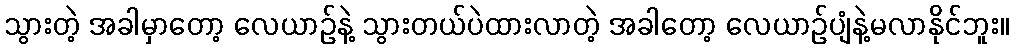
သွားတဲ့ အခါမှာတော့ လေယာဉ်နဲ့ သွားတယ်ပဲထားလာတဲ့ အခါတော့ လေယာဉ်ပျံနဲ့မလာနိုင်ဘူး။